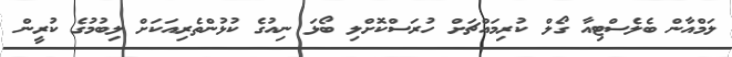
ލަމްއާން ބެލެސްޓިއާ ގޯލް ކުރިމައްޗަށް ހުރަސްކޮށްލި ބޯޅަ ނިއުގެ ކުޅުންތެރިއަކަށް ލިބުމުގެ ކުރީން